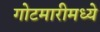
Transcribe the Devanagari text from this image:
गोटमारीमध्ये